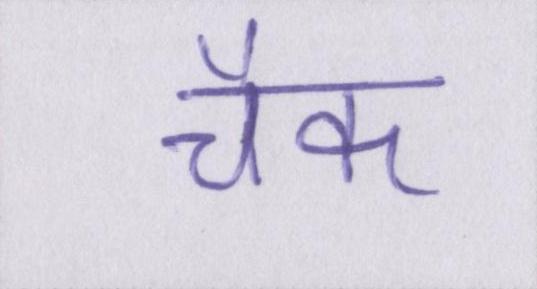
चैक